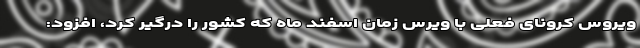
ویروس کرونای فعلی با ویرس زمان اسفند ماه که کشور را درگیر کرد، افزود: